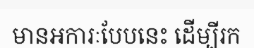
មានអការៈបែបនេះ ដើម្បីរក